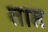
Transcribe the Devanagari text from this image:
ताप्त